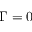
\Gamma = 0